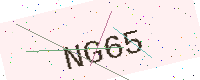
Text: NG65